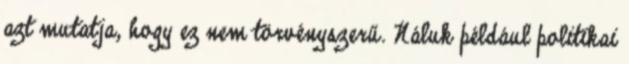
azt mutatja, hogy ez nem törvényszerű. Náluk például politikai